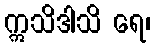
ဣသိဒါသိ ရေ၊